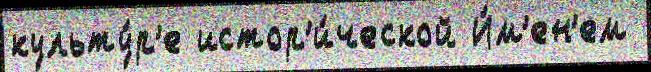
культу́р'е истор'и́ческой И́м'ен'ем